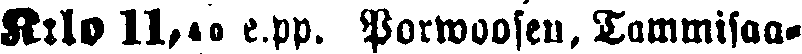
K:lo 11,40 e.pp. Porwoosen, Tammisaa-